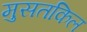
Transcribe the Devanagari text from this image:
मुसतकिल